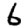
Digit: 6